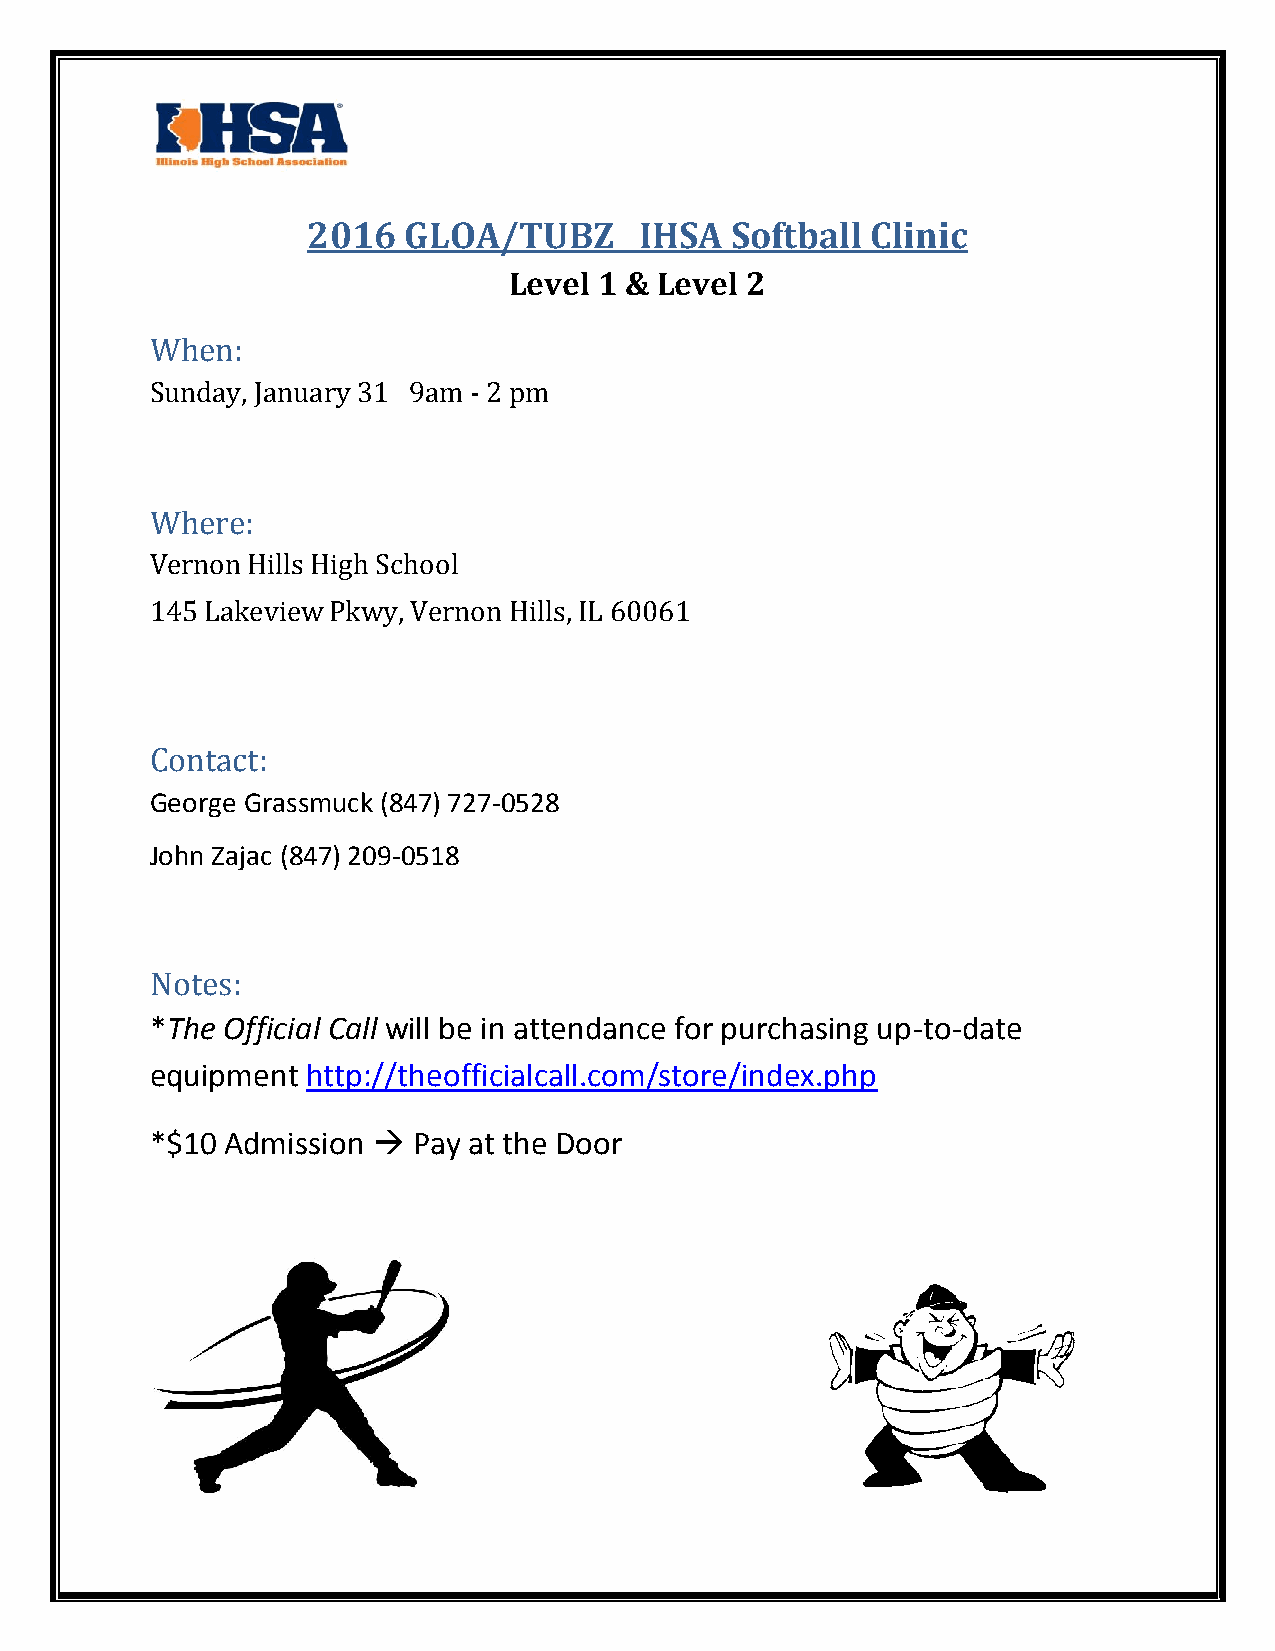
2016   GLOA/TUBZ      IHSA  Softball  Clinic
 Level 1 & Level 2
 When:
 Sunday, January 31 9am - 2 pm
 Where:
 Vernon Hills High School
 145 Lakeview Pkwy, Vernon Hills, IL 60061
 Contact:
 George Grassmuck (847) 727-0528
 John Zajac (847) 209-0518
 Notes:
 *The Official Call will be in attendance for purchasing up-to-date
 equipment http://theofficialcall.com/store/index.php
 *$10 Admission  Pay at the Door